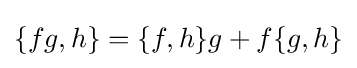
\{fg,h\}=\{f,h\}g+f\{g,h\}